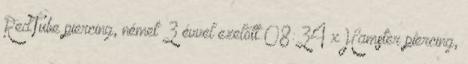
RedTube piercing, német 3 évvel ezelőtt 08:34 xHamster piercing,